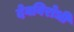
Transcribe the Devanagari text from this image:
देवविरोधी